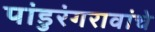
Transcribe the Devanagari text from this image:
पांडुरंगरावांचे